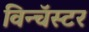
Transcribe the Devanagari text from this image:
विन्चॅस्टर